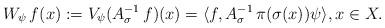
LaTeX: \begin{align*}W_{\psi}\,f(x) := V_{\psi}(A_{\sigma}^{-1}\,f)(x) = \langle f, A_{\sigma}^{-1}\,\pi(\sigma(x))\psi \rangle, x \in X.\end{align*}